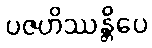
ပဇဟိဿန္တိပေ